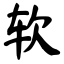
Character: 软